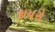
કાયરો